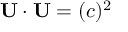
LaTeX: \mathbf { U } \cdot \mathbf { U } = ( c ) ^ { 2 }